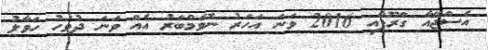
އެސްޖޭއާ ގްރޫޕާއި 2016 ވަނަ އަހަރު ނޮވެމްބަރު އެއް ވަނަ ދުވަހު ހަވާލު